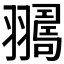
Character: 𦒛